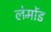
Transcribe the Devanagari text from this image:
लेमोंड